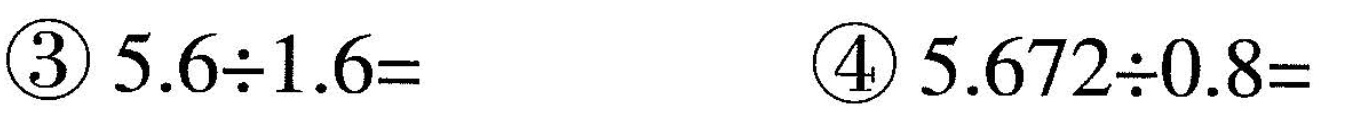
③$$5 . 6 \div =$$ ④$$5 . 6 7 2 \div 0 . 8 =$$